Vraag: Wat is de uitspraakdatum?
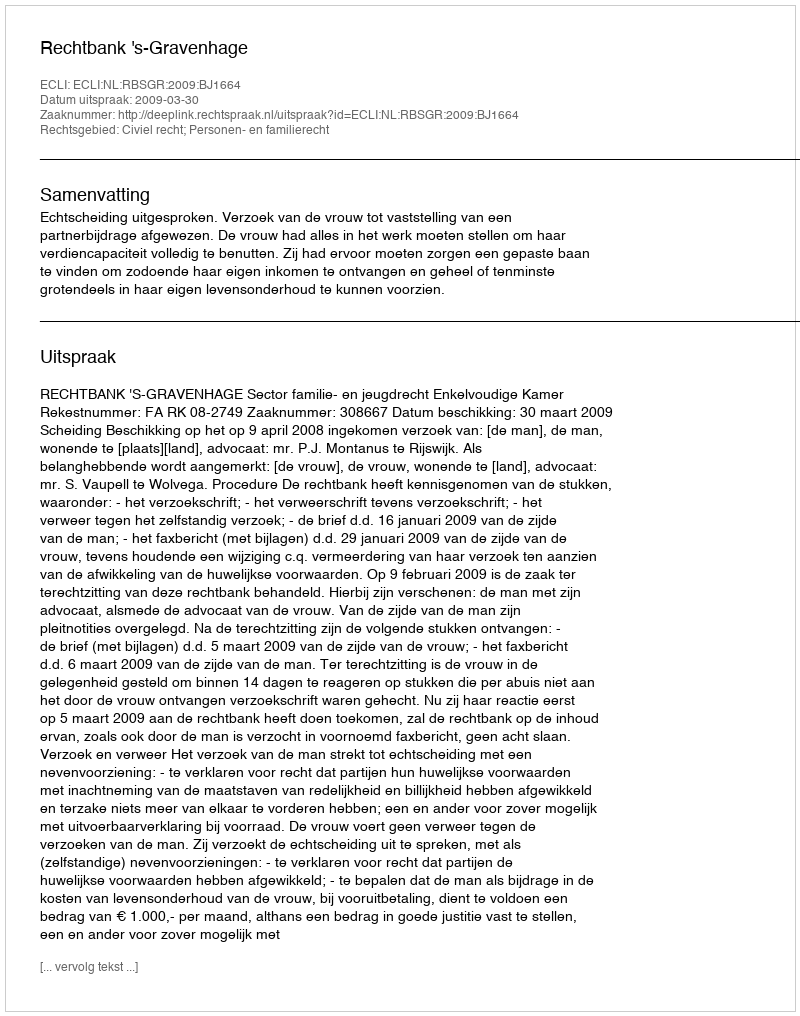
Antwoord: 2009-03-30